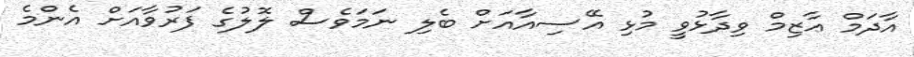
އާދަމް ޢާޒިމް ވިދާޅުވީ މުޅި އޭސިއާއަށް ބެލި ނަމަވެސް ލޮލުގެ ފަރުވާއަށް އެންމެ